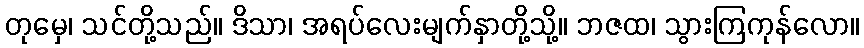
တုမှေ၊ သင်တို့သည်။ ဒိသာ၊ အရပ်လေးမျက်နှာတို့သို့။ ဘဇထ၊ သွားကြကုန်လော။